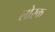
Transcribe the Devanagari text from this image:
लोरक